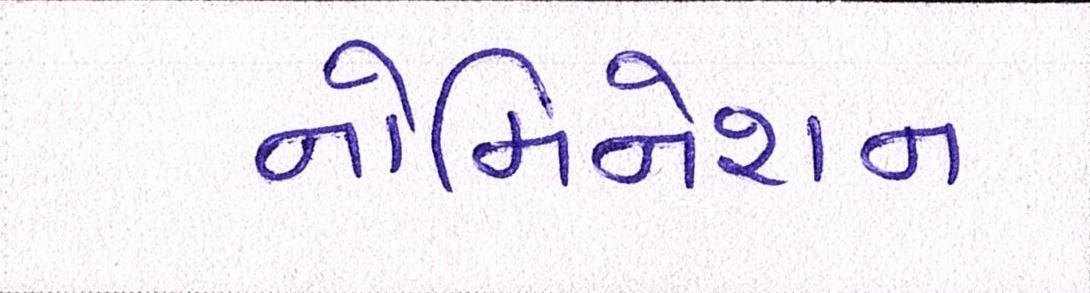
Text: નોમિનેશન